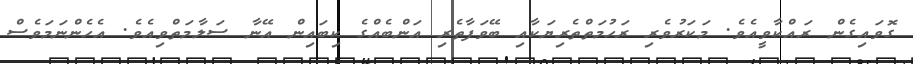
ގޮވައިގެން ރައްކާވީއެވެ. މަކަރުވެރި ރަހުމަތްތެރިޔަކާއި ބޭވަފާތެރި އަންބެއްގެ ކިބައިން އޭނާ ސަލާމަތްވިއެވެ. އެހެންނަމަވެސް